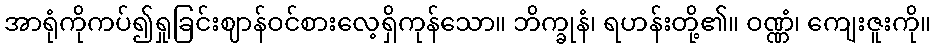
အာရုံကိုကပ်၍ရှုခြင်းဈာန်ဝင်စားလေ့ရှိကုန်သော။ ဘိက္ခုနံ၊ ရဟန်းတို့၏။ ဝဏ္ဏံ၊ ကျေးဇူးကို။